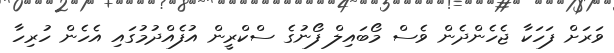
ވަރަށް ފަހަކާ ޖެހެންދެން ވެސް މޯބައިލް ފޯނުގެ ސްކްރީން އުފެއްދުމުގައި އެހެން ހުރިހާ